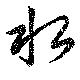
水